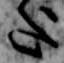
迄